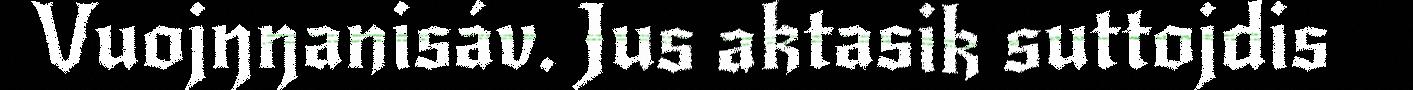
Vuojŋŋanisáv. Jus aktasik suttojdis